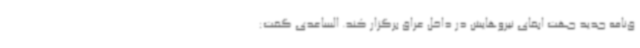
ق‌نامه جدید جهت ابقای نیروهایش در داخل عراق برگزار کند. الساعدی گفت: